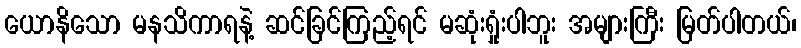
ယောနိသော မနသိကာရနဲ့ ဆင်ခြင်ကြည့်ရင် မဆုံးရှုံးပါဘူး အများကြီး မြတ်ပါတယ်၊